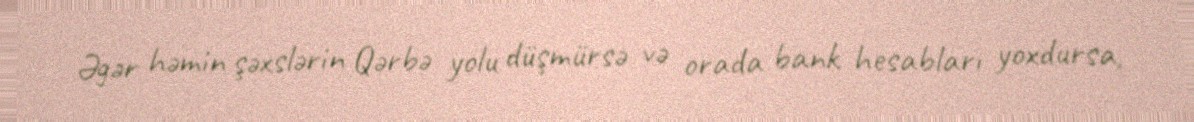
Əgər həmin şəxslərin Qərbə yolu düşmürsə və orada bank hesabları yoxdursa,